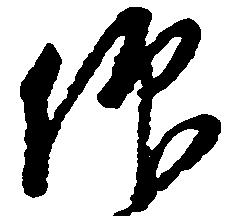
仰